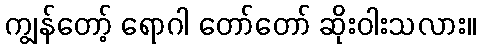
ကျွန်တော့် ရောဂါ တော်တော် ဆိုးဝါးသလား။